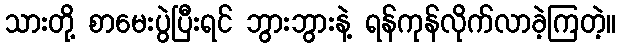
သားတို့ စာမေးပွဲပြီးရင် ဘွားဘွားနဲ့ ရန်ကုန်လိုက်လာခဲ့ကြတဲ့။